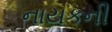
નાયકની